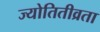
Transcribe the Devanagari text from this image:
ज्योतितीव्रता